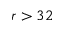
r > 3 2